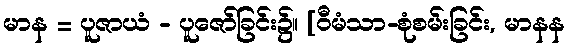
မာန = ပူဇာယံ - ပူဇော်ခြင်း၌။ [ဝီမံသာ-စုံစမ်းခြင်း, မာနန